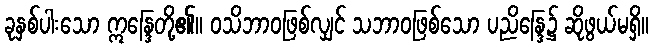
ခုနှစ်ပါးသော ဣန္ဒြေတို့၏။ ဝသိဘာဝဖြစ်လျှင် သဘာဝဖြစ်သော ပညိန္ဒြေ၌ ဆိုဖွယ်မရှိ။